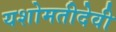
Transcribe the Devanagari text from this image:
यशोमतीदेवी